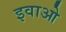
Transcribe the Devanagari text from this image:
इवाओ